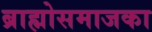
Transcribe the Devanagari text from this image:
ब्राह्मोसमाजका